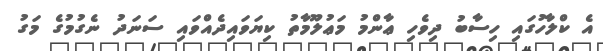
އެ ކްލާހުގައި ހިސާބު ދިވެހި ޢާންމު މަޢުލޫމާތު ކިޔަވައިދެއްވައި ސަނަދު ނެގުމުގެ މަގު